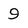
Character: 9